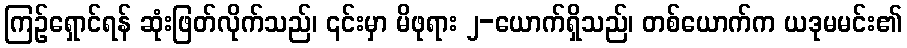
ကြဉ်ရှောင်ရန် ဆုံးဖြတ်လိုက်သည်၊ ၎င်းမှာ မိဖုရား ၂-ယောက်ရှိသည်၊ တစ်ယောက်က ယဒုမမင်း၏